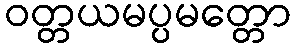
ဝတ္တယမပ္ပမတ္တော